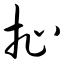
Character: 扯